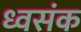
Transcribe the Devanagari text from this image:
ध्वसंक